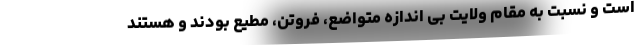
است و نسبت به مقام ولایت بی اندازه متواضع، فروتن، مطیع بودند و هستند